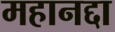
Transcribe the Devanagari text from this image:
महानद्दा